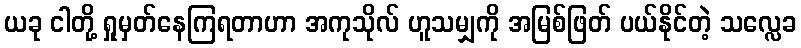
ယခု ငါတို့ ရှုမှတ်နေကြရတာဟာ အကုသိုလ် ဟူသမျှကို အမြစ်ဖြတ် ပယ်နိုင်တဲ့ သလ္လေခ